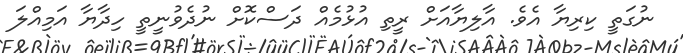
ނުގަތީ ކިރިޔާ އެވެ. އާލިޔާއަށް ރީތި އުޅުމެއް ދަސްކޮށް ނުދެވުނީތީ ހިދާޔާ އަމިއްލަ